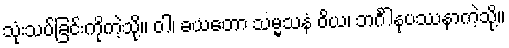
သုံးသပ်ခြင်းကိုကဲ့သို့။ ဝါ၊ ခယတော သမ္မသနံ ဝိယ၊ ဘင်္ဂါနုပဿနာကဲ့သို့။